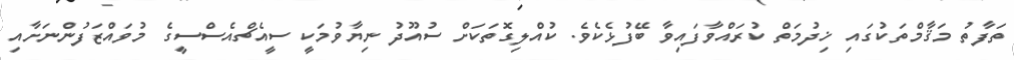
ތަފާތު މަޤާމްތަކުގައި ޚިދުމަތް ކުރައްވާފައިވާ ބޭފުޅެކެވެ. ކުއްލިގޮތަކަށް ސުއޫދު ނިޔާވުމަކީ ސީއެޗްއެސްސީގެ މުވައްޒަފުންނަށާއި